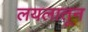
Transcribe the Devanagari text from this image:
लयलातून